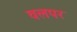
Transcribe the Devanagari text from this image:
वलपर